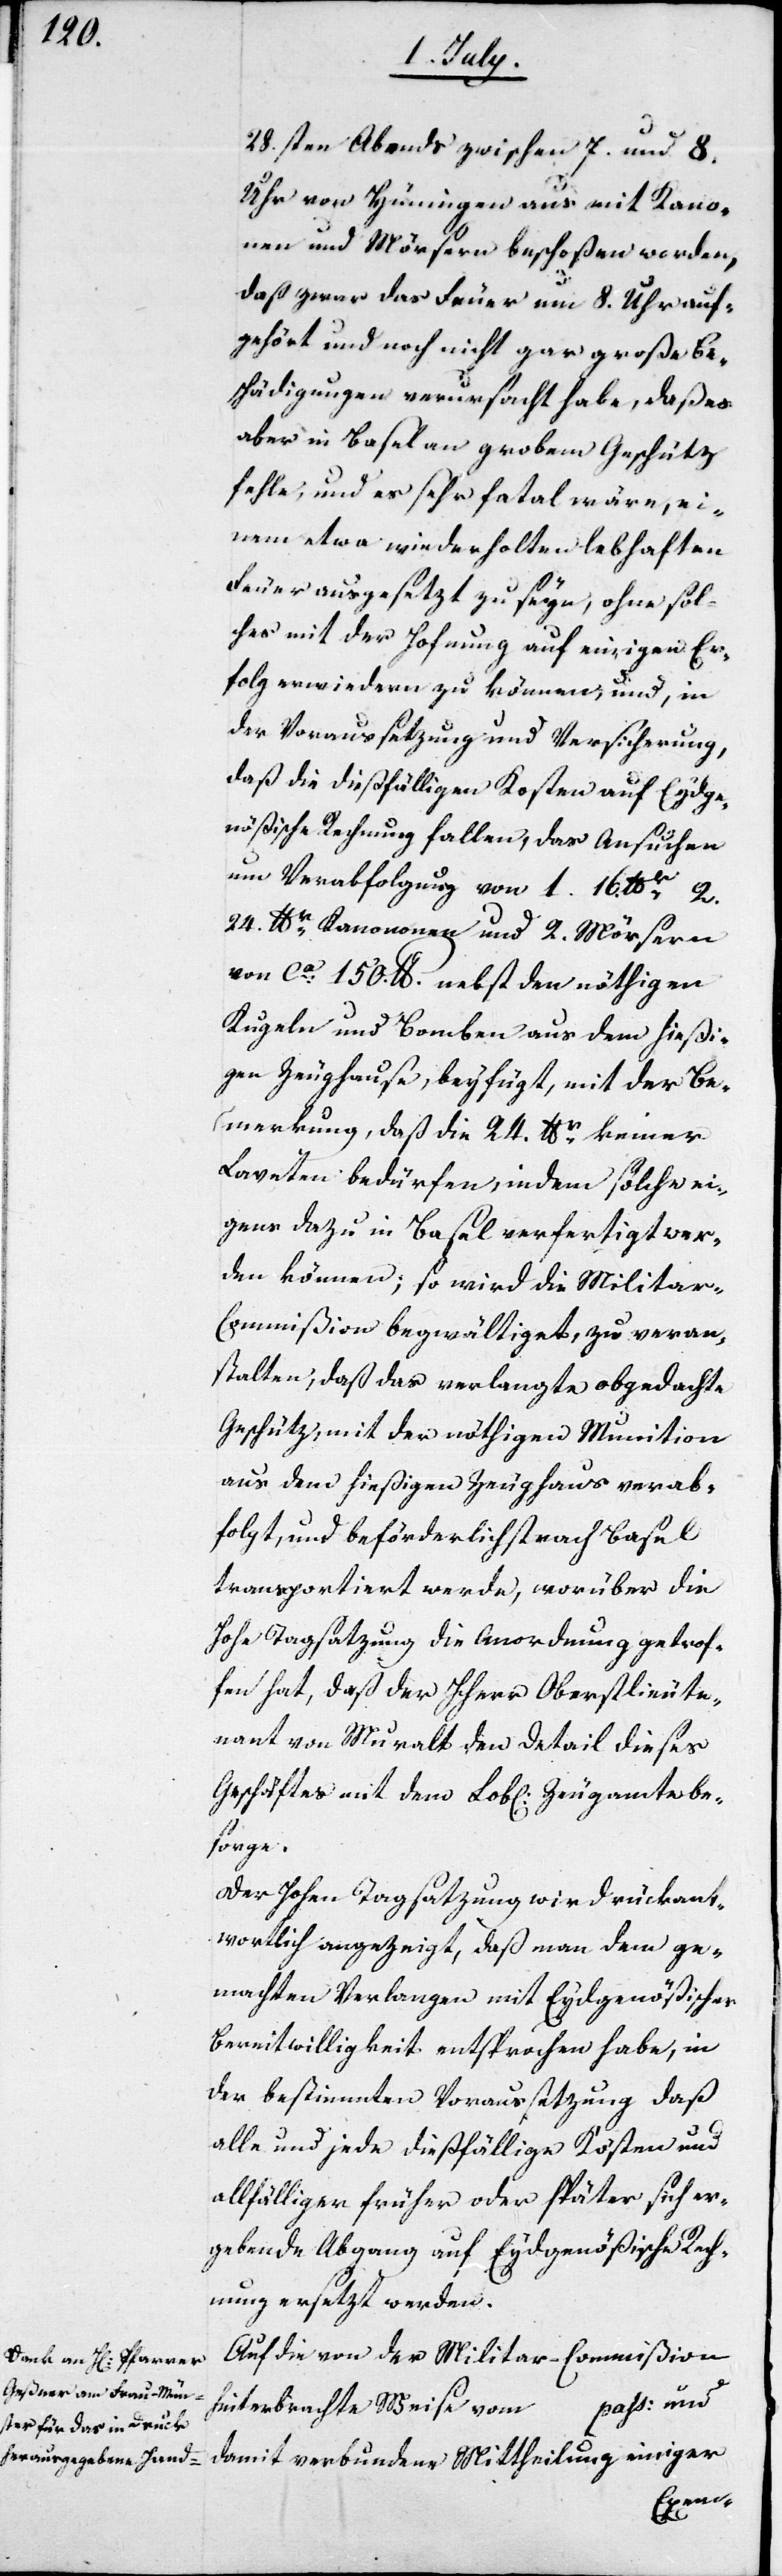
28.sten Abends zwischen 7. und 8.
Uhr von Hüningen aus mit Kano¬
nen und Mörsern beschoßen worden,
daß zwar das Feuer um 8. Uhr auf¬
gehört und noch nicht gar große Be¬
schädigung verursacht habe, daß es
aber in Basel an grobem Geschütz
fehle, und es sehr fatal wäre, ei¬
nem etwa wiederholten lebhaften
Feuer ausgesetzt zu seyn, ohne sol¬
ches mit der Hofnung auf einigen Er¬
folg erwiedern zu können, und, in
der Voraussetzung und Versicherung,
daß die dießfälligen Kosten auf Eydge¬
nößische Rechnung fallen, das Ansuchen
um Verabfolgung von 1. 16. lbr 2.
24. lbr Kanonen und 2. Mörsern
von ca 150. lbr. nebst den nöthigen
Kugeln und Bomben aus dem hießi¬
gen Zeughause, beyfügt, mit der Be¬
merkung, daß die 24. lbr keiner
Laveten bedürfen, indem solche ei¬
gens dazu in Basel verfertigt wer¬
den können; so wird die Militar-C¬
ommißion begwältiget, zu veran¬
stalten, daß das verlangte obgedachte
Geschütz, mit der nöthigen Munition
aus dem hießigen Zeughaus verab¬
folgt, und beförderlichst nach Basel
transportiert werde, worüber die
Hohe Tagsatzung die Anordnung getrof¬
fen hat, daß der Herr Oberstlieute¬
nant von Muralt den Detail dieses
Geschäftes mit dem Lob[lichen] Zeugamte be¬
sorge.
Der Hohen Tagsatzung wird rückant¬
wortlich angezeigt, daß man dem ge¬
machten Verlangen mit Eydgenößischer
Bereitwilligkeit entsprochen habe, in
der bestimmten Voraussetzung daß
alle und jede dießfällige Kösten und
allfälliger früher oder später sich er¬
gebende Abgang auf Eydgenößische Rech¬
nung ersetzt werden.
Auf die von der Militar-Commißion
hinterbrachte Weise vom ... pass: und
damit verbundene Mittheilung einiger